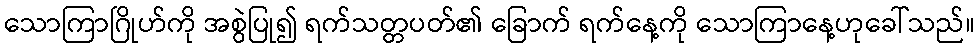
သောကြာဂြိုဟ်ကို အစွဲပြု၍ ရက်သတ္တပတ်၏ ခြောက် ရက်နေ့ကို သောကြာနေ့ဟုခေါ်သည်။